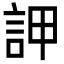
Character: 䛅